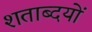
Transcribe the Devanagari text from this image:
शताब्दयों